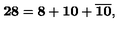
{ \bf 2 8 } = { \bf 8 } + { \bf 1 0 } + { \overline { { \bf 1 0 } } } ,